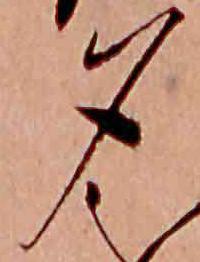
夕